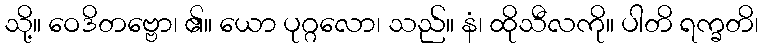
သို့။ ဝေဒိတဗ္ဗော၊ ၏။ ယော ပုဂ္ဂလော၊ သည်။ နံ၊ ထိုသီလကို။ ပါတိ ရက္ခတိ၊